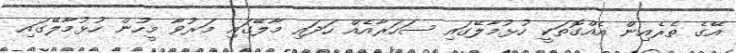
އޭގެ ތެރެއިން އެއްގޮތަކީ ހުޅުމާލޭގައި ސަހަރާއެއް ހަދައި މާލޭގައި މަރުވާ މީހުން ހުޅުމާލޭގައި